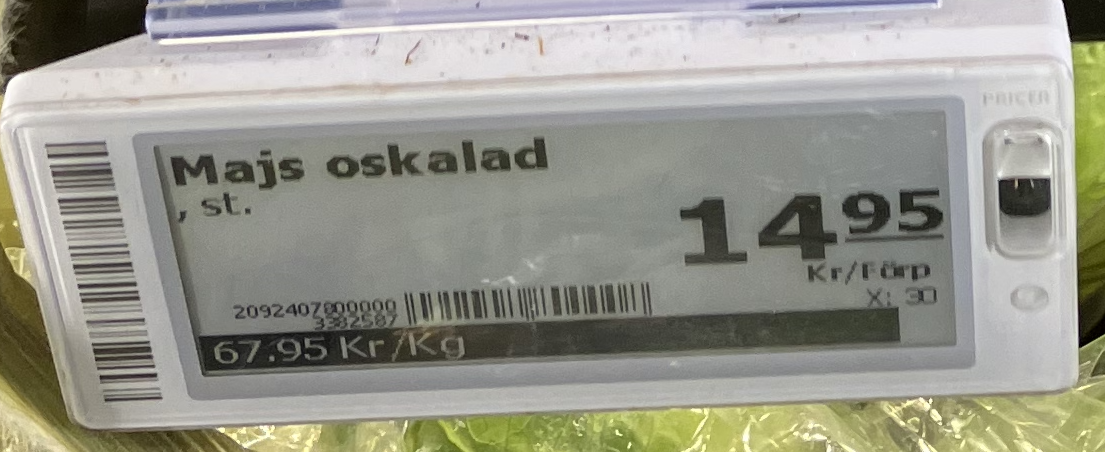
Vara: Majs oskalad
Genomsnittspris: 67.95 per kg